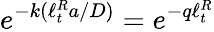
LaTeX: e^{-k(\ell_{t}^{R}a/D)}=e^{-q\ell_{t}^{R}}